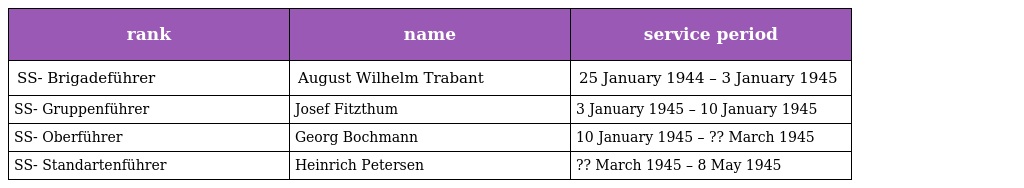
| rank | name | service period |
 | --- | --- | --- |
 | SS- Brigadeführer | August Wilhelm Trabant | 25 January 1944 – 3 January 1945 |
 | SS- Gruppenführer | Josef Fitzthum | 3 January 1945 – 10 January 1945 |
 | SS- Oberführer | Georg Bochmann | 10 January 1945 – ?? March 1945 |
 | SS- Standartenführer | Heinrich Petersen | ?? March 1945 – 8 May 1945 |